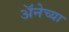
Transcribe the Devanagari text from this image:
अॅनेच्या